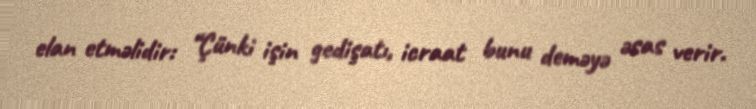
elan etməlidir: “Çünki işin gedişatı, icraat bunu deməyə əsas verir.